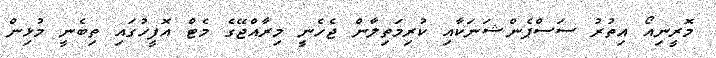
މޮރީނިއޯ އިތުރު ސަސްޕެންޝަނަކާއި ކުރިމަތިލާން ޖެހެނީ މިރާއްޖޭގެ މެޓް އޮފީހުގައި ތިބެނީ މުޅިން